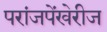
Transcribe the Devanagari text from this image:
परांजपेंखेरीज